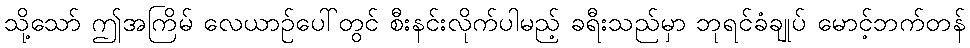
သို့သော် ဤအကြိမ် လေယာဉ်ပေါ်တွင် စီးနင်းလိုက်ပါမည့် ခရီးသည်မှာ ဘုရင်ခံချုပ် မောင့်ဘက်တန်